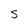
Character: S